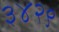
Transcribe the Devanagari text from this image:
३४२९